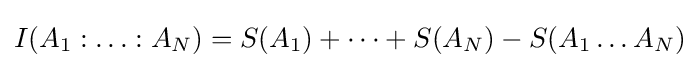
I(A_{1}:\ldots :A_{N})=S(A_{1})+\cdots +S(A_{N})-S(A_{1}\ldots A_{N})